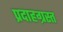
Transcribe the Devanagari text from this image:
प्रदाहग्रस्त